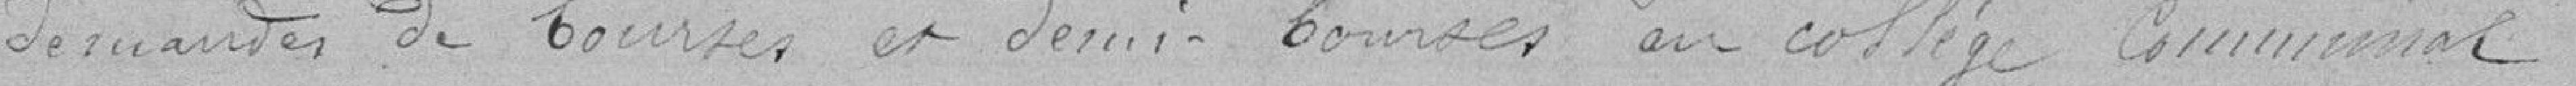
demandes de bourses de demi-bourses au collège communal